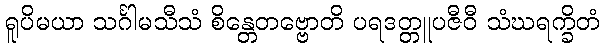
ရူပိမယာ သင်္ဂါမသီသံ စိန္တေတဗ္ဗောတိ ပရဒတ္တူပဇီဝီ သံဃရက္ခိတံ